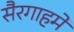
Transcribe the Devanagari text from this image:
सैरगाहमें